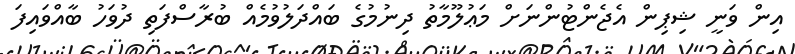
އިން ވަނީ ޝިޕިން އެޖެންޓުންނަށް މަޢުލޫމާތު ދިނުމުގެ ބައްދަލުވުމެއް ބުރާސްފަތި ދުވަހު ބާއްވައިފަ